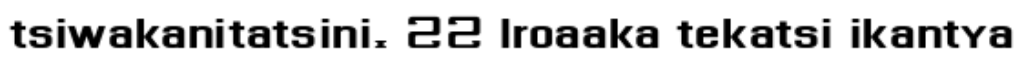
tsiwakanitatsini. 22 Iroaaka tekatsi ikantya